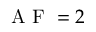
\mathrm { ~ A ~ F ~ } = 2